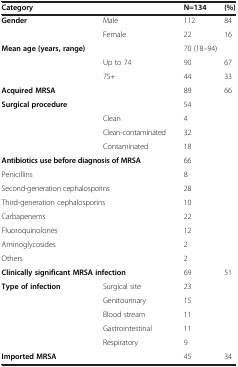
<table><thead><tr><td colspan="2"><b>Category</b></td><td><b>N=134</b></td><td><b>(%)</b></td></tr></thead><tbody><tr><td><b>Gender</b></td><td>Male</td><td>112</td><td>84</td></tr><tr><td> </td><td>Female</td><td>22</td><td>16</td></tr><tr><td><b>Mean age (years, range)</b></td><td> </td><td colspan="2">70 (18–94)</td></tr><tr><td> </td><td>Up to 74</td><td>90</td><td>67</td></tr><tr><td> </td><td>75+</td><td>44</td><td>33</td></tr><tr><td><b>Acquired MRSA</b></td><td> </td><td>89</td><td>66</td></tr><tr><td colspan="2"><b>Surgical procedure</b></td><td>54</td><td> </td></tr><tr><td> </td><td>Clean</td><td>4</td><td> </td></tr><tr><td> </td><td>Clean-contaminated</td><td>32</td><td> </td></tr><tr><td> </td><td>Contaminated</td><td>18</td><td> </td></tr><tr><td colspan="2"><b>Antibiotics use before diagnosis of MRSA</b></td><td>66</td><td> </td></tr><tr><td colspan="2">Penicillins</td><td>8</td><td> </td></tr><tr><td colspan="2">Second-generation cephalosporins</td><td>28</td><td> </td></tr><tr><td colspan="2">Third-generation cephalosporins</td><td>10</td><td> </td></tr><tr><td colspan="2">Carbapenems</td><td>22</td><td> </td></tr><tr><td colspan="2">Fluoroquinolones</td><td>12</td><td> </td></tr><tr><td colspan="2">Aminoglycosides</td><td>2</td><td> </td></tr><tr><td colspan="2">Others</td><td>2</td><td> </td></tr><tr><td colspan="2"><b>Clinically significant MRSA infection</b></td><td>69</td><td>51</td></tr><tr><td><b>Type of infection</b></td><td>Surgical site</td><td>23</td><td> </td></tr><tr><td> </td><td>Genitourinary</td><td>15</td><td> </td></tr><tr><td> </td><td>Blood stream</td><td>11</td><td> </td></tr><tr><td> </td><td>Gastrointestinal</td><td>11</td><td> </td></tr><tr><td> </td><td>Respiratory</td><td>9</td><td> </td></tr><tr><td><b>Imported MRSA</b></td><td> </td><td>45</td><td>34</td></tr></tbody></table>